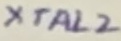
Text: XTAL2